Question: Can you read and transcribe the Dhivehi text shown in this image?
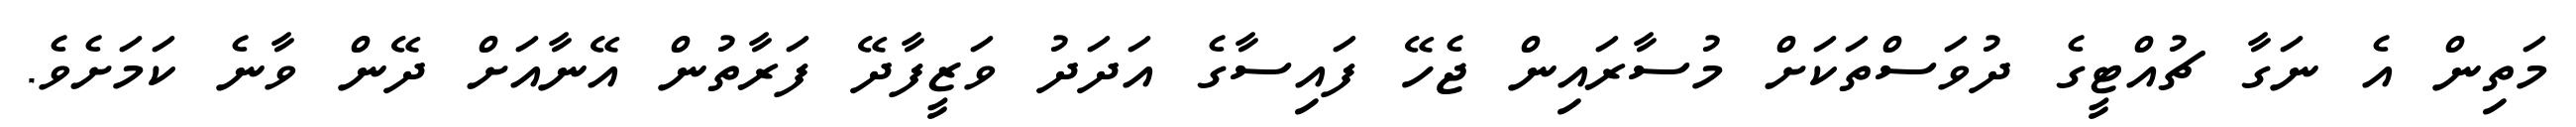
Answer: މަތިން އެ ނަގާ ޗުއްޓީގެ ދުވަސްތަކަށް މުސާރައިން ޖެހޭ ފައިސާގެ އަދަދު ވަޒީފާދޭ ފަރާތުން އޭނާއަށް ދޭން ވާނެ ކަމަށެވެ.